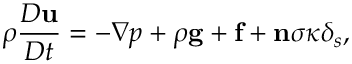
\rho \frac { D \mathbf { u } } { D t } = - \nabla p + \rho \mathbf { g } + \mathbf { f } + \mathbf { n } \sigma \kappa \delta _ { s } ,